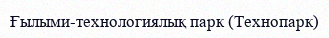
Ғылыми-технологиялық парк (Технопарк)